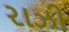
રાઝી